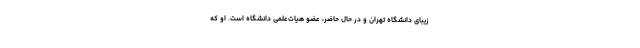
زیبای دانشگاه تهران و در حال حاضر، عضو هیات‌علمی دانشگاه است. او که